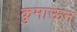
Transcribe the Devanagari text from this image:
कुमाऊन